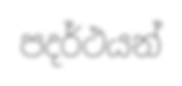
පදර්ථයන්